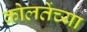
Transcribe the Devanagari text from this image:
कोलतेंच्या